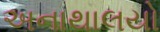
અનાથાલયો